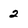
Character: 2